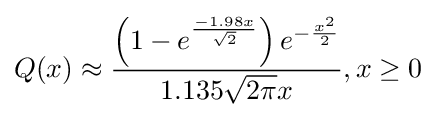
Q(x)\approx {\frac {\left(1-e^{\frac {-1.98x}{\sqrt {2}}}\right)e^{-{\frac {x^{2}}{2}}}}{1.135{\sqrt {2\pi }}x}},x\geq 0